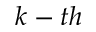
k - t h